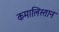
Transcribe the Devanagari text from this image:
कमालिस्तान